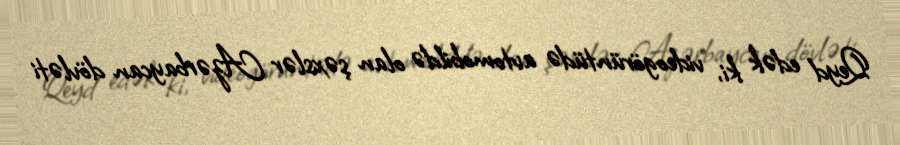
Qeyd edək ki, videogörüntüdə avtomobildə olan şəxslər Azərbaycan dövləti